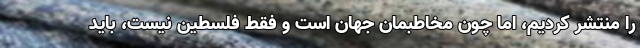
را منتشر کردیم، اما چون مخاطبمان جهان است و فقط فلسطین نیست، باید